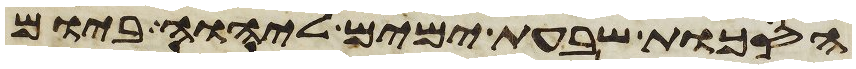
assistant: הסכות שבעת ימים ליהוה ביום